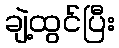
ချဲ့ထွင်ပြီး